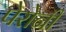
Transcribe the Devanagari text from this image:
पेरोनी